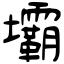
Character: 壩